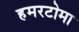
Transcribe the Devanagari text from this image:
हमरटोमा